Lunatic asylums Central Provinces reports 1895-1909 - 1895-1909
Year: 1895
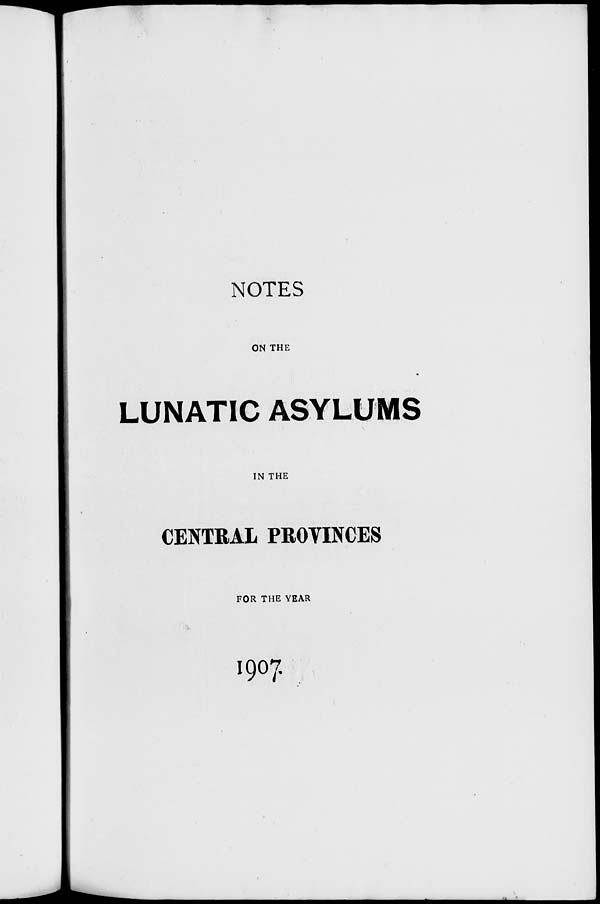
NOTES
ON THE
LUNATIC ASYLUMS
IN THE
CENTRAL PROVINCES
FOR THE YEAR
1907.